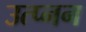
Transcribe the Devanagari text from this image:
उत्प्नन